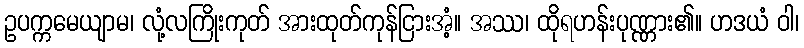
ဥပက္ကမေယျာမ၊ လုံ့လကြိုးကုတ် အားထုတ်ကုန်ငြားအံ့။ အဿ၊ ထိုရဟန်းပုဏ္ဏား၏။ ဟဒယံ ဝါ၊